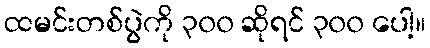
ထမင်းတစ်ပွဲကို ၃၀၀ ဆိုရင် ၃၀၀ ပေါ့။